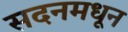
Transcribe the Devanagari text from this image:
सदनमधून